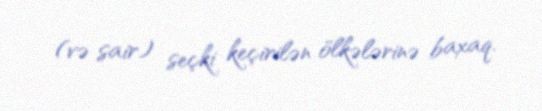
(və sair) seçki keçirilən ölkələrinə baxaq.